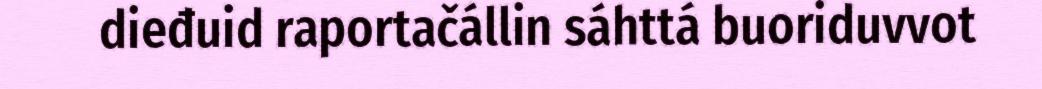
dieđuid raportačállin sáhttá buoriduvvot